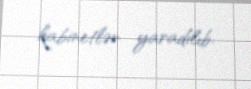
kabinetlər yaradılıb.